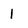
Character: i